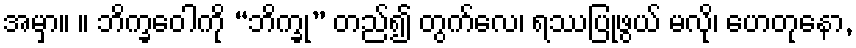
အမှာ။ ။ ဘိက္ခဝေါကို “ဘိက္ခု” တည်၍ တွက်လေ၊ ရဿပြုဖွယ် မလို၊ ဟေတုနော,